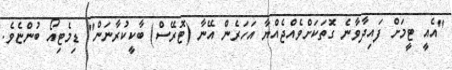
"އެއީ ޓީމަށް ފައިދާވާނެ ގޮތަކަށްވެއްޖެއްޔާ އަހަރެން އޭނާ (ޓޮރޭސް) ބާކީކުރާނަން" ޑިމެޓިއޯ ބުންޏެވެ.